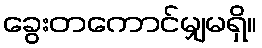
ခွေးတကောင်မျှမရှိ။